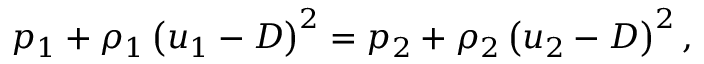
p _ { 1 } + \rho _ { 1 } \left( u _ { 1 } - D \right) ^ { 2 } = p _ { 2 } + \rho _ { 2 } \left( u _ { 2 } - D \right) ^ { 2 } ,